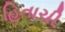
હિતાચી